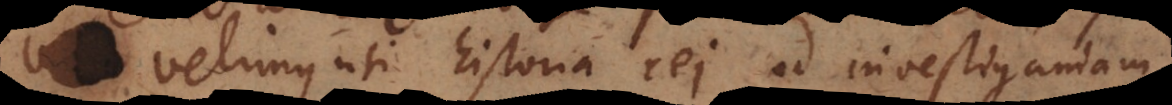
velimus uti historia rei ad investigan